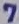
Text: 7